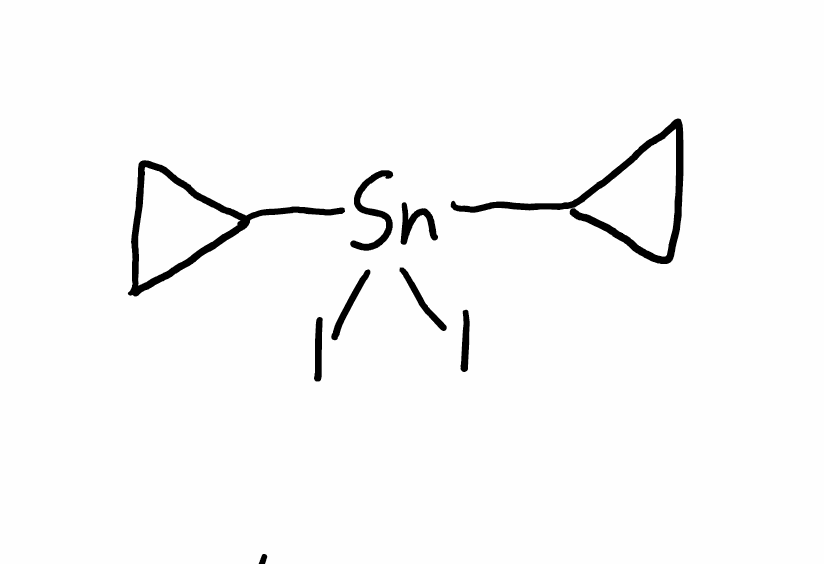
Simplified molecular-input line-entry system (SMILES) notation of the given molecule:
C1CC1[Sn](C2CC2)(I)I